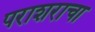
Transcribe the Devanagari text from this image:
पराशराचा